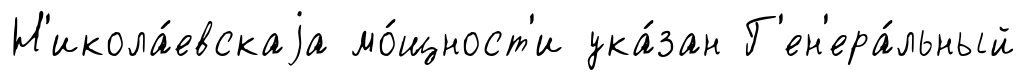
Н'икола́евскаjа мо́щност'и ука́зан Г'ен'ера́льный